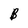
Character: B